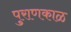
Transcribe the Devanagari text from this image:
पुराणकाळ